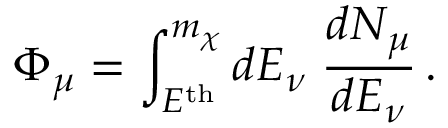
\Phi _ { \mu } = \int _ { E ^ { \mathrm { t h } } } ^ { m _ { \chi } } d E _ { \nu } \; \frac { d N _ { \mu } } { d E _ { \nu } } \, .